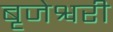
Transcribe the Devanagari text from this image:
बृजेश्वरी